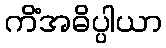
ကိံအဓိပ္ပါယာ